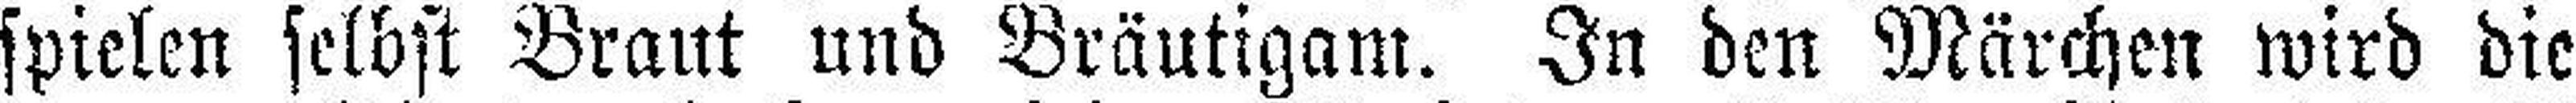
spielen selbst Braut und Bräutigam. In den Märchen wird die